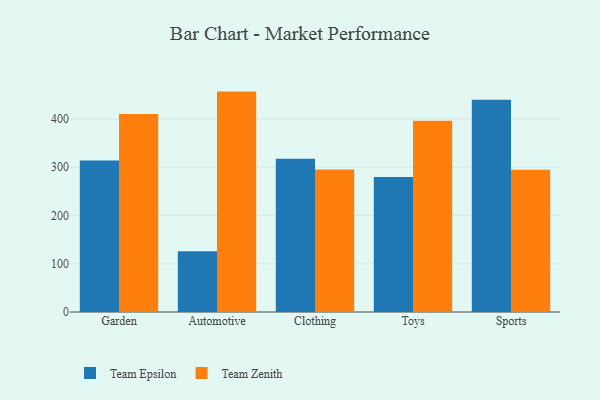
{"axis": {"x": "Category", "y": "Bounce Rate (%)"}, "legend": ["Team Epsilon", "Team Zenith"], "data": [{"x": "Garden", "y": 314.1, "type": "Team Epsilon"}, {"x": "Garden", "y": 410.2, "type": "Team Zenith"}, {"x": "Automotive", "y": 126.0, "type": "Team Epsilon"}, {"x": "Automotive", "y": 456.6, "type": "Team Zenith"}, {"x": "Clothing", "y": 317.3, "type": "Team Epsilon"}, {"x": "Clothing", "y": 295.2, "type": "Team Zenith"}, {"x": "Toys", "y": 279.6, "type": "Team Epsilon"}, {"x": "Toys", "y": 396.1, "type": "Team Zenith"}, {"x": "Sports", "y": 439.5, "type": "Team Epsilon"}, {"x": "Sports", "y": 294.9, "type": "Team Zenith"}]}